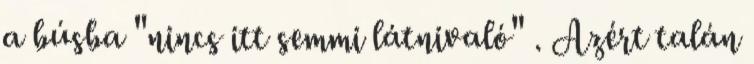
a búsba "nincs itt semmi látnivaló" . Azért talán